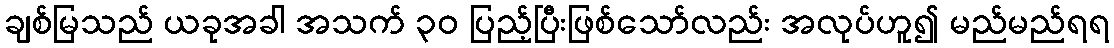
ချစ်မြသည် ယခုအခါ အသက် ၃၀ ပြည့်ပြီးဖြစ်သော်လည်း အလုပ်ဟူ၍ မည်မည်ရရ